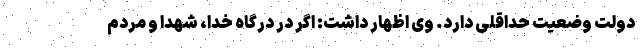
دولت وضعیت حداقلی دارد. وی اظهار داشت: اگر در درگاه خدا، شهدا و مردم